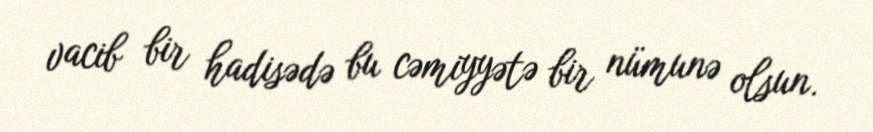
vacib bir hadisədə bu cəmiyyətə bir nümunə olsun.